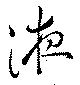
液